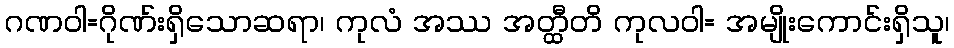
ဂဏဝါ=ဂိုဏ်းရှိသောဆရာ၊ ကုလံ အဿ အတ္ထီတိ ကုလဝါ= အမျိုးကောင်းရှိသူ၊